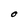
Character: O